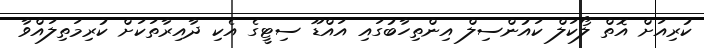
ކުރިއަށް އޮތް ލޯކަލް ކައުންސިލް އިންތިހާބުގައި އައްޑޫ ސިޓީގެ އެކި ދާއިރާތަކަށް ކުރިމަތިލައްވާ